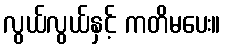
လွယ်လွယ်နှင့် ကတိမပေး။